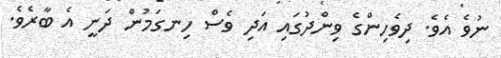
ނުވެ އެވެ. ދިވެހިންގެ ވިންދުގައި އަދި ވެސް ހިނގަމުން ދަނީ އެ ބާރެވެ.